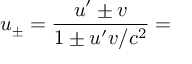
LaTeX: u _ { \pm } = { \frac { u ^ { \prime } \pm v } { 1 \pm u ^ { \prime } v / c ^ { 2 } } } =